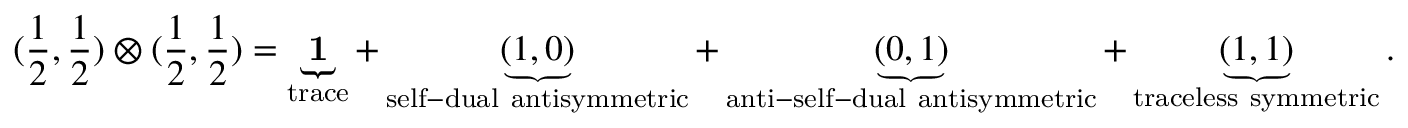
( \frac { 1 } { 2 } , \frac { 1 } { 2 } ) \otimes ( \frac { 1 } { 2 } , \frac { 1 } { 2 } ) = \underbrace { \mathbf { 1 } } _ { \mathrm { t r a c e } } + \underbrace { ( 1 , 0 ) } _ { \mathrm { s e l f - d u a l ~ a n t i s y m m e t r i c } } + \underbrace { ( 0 , 1 ) } _ { \mathrm { a n t i - s e l f - d u a l ~ a n t i s y m m e t r i c } } + \underbrace { ( 1 , 1 ) } _ { \mathrm { t r a c e l e s s ~ s y m m e t r i c } } .